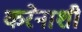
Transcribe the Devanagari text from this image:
करेनाशी